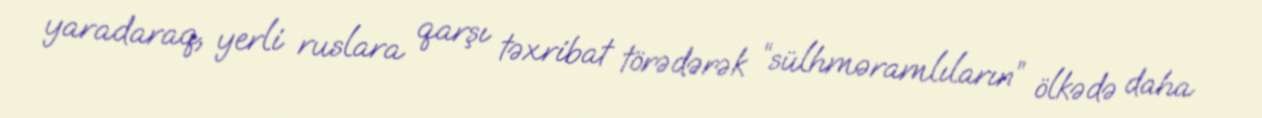
yaradaraq, yerli ruslara qarşı təxribat törədərək “sülhməramlıların” ölkədə daha